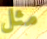
مثل